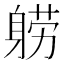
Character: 𬧤